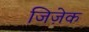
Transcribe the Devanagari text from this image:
जिज़ेक